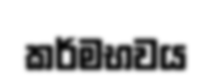
කර්මභවය